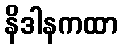
နိဒါနကထာ